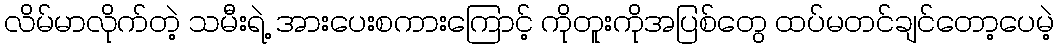
လိမ်မာလိုက်တဲ့ သမီးရဲ့ အားပေးစကားကြောင့် ကိုတူးကိုအပြစ်တွေ ထပ်မတင်ချင်တော့ပေမဲ့